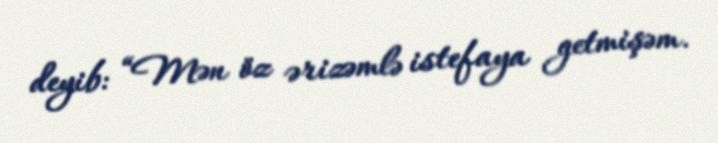
deyib: “Mən öz ərizəmlə istefaya getmişəm.